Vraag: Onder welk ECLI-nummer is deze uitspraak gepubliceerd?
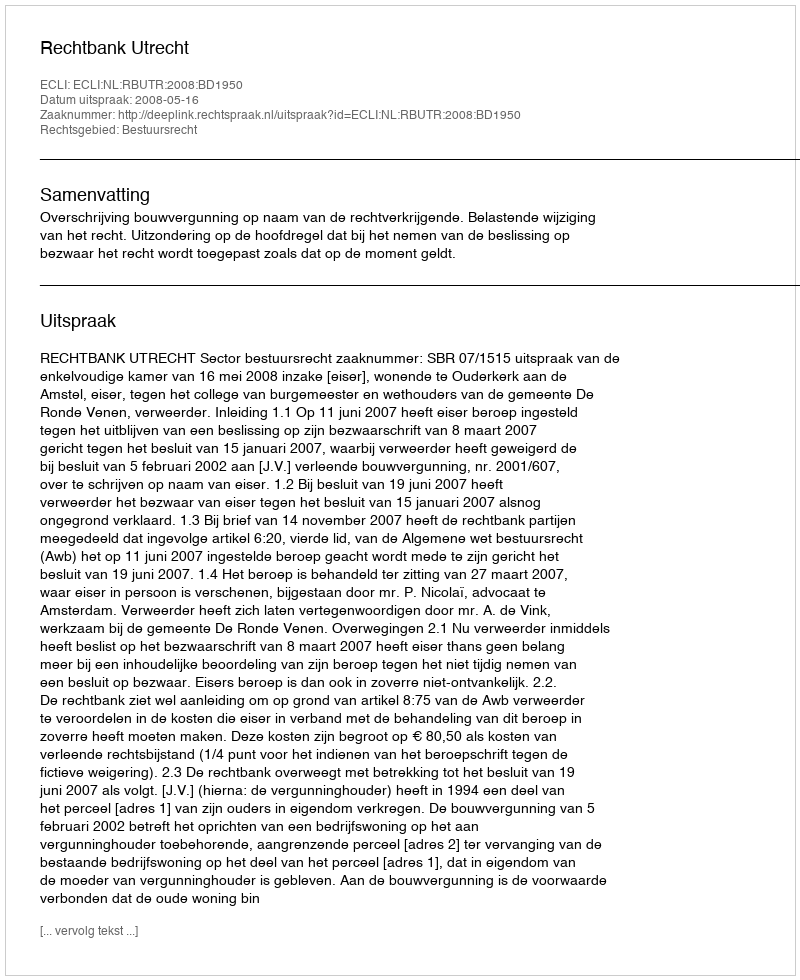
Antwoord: ECLI:NL:RBUTR:2008:BD1950